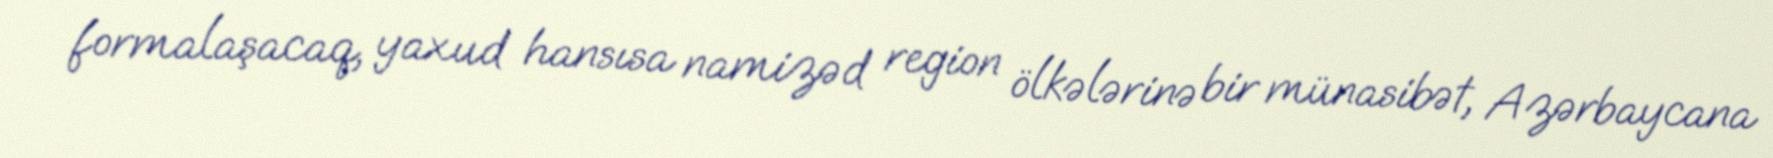
formalaşacaq, yaxud hansısa namizəd region ölkələrinə bir münasibət, Azərbaycana